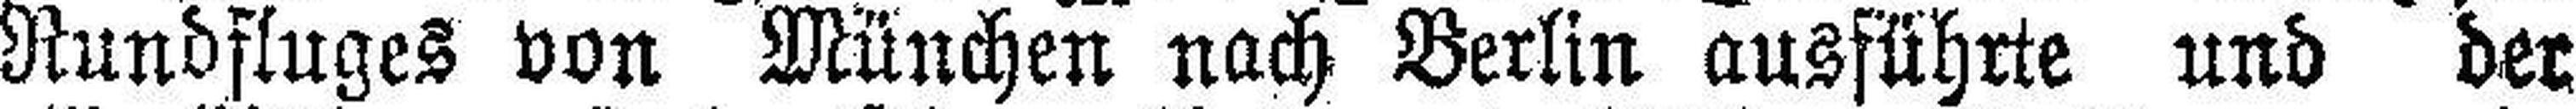
Rundfluges von München nach Berlin ausführte und der